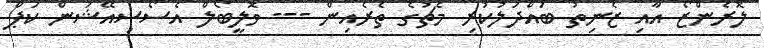
ލޮރެންޒޯ އާއި ޒެނިތު ބައްދަލުކުރި މެޗުގެ ތެރެއިން --- ވޮލީބޯލް އެސޯސިއޭޝަން ކަޕް